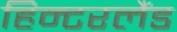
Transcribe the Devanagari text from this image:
हिन्टरलैंड